Indian journal of veterinary science and animal husbandry - Volumes 26-27, 1956-1957
Year: 1956
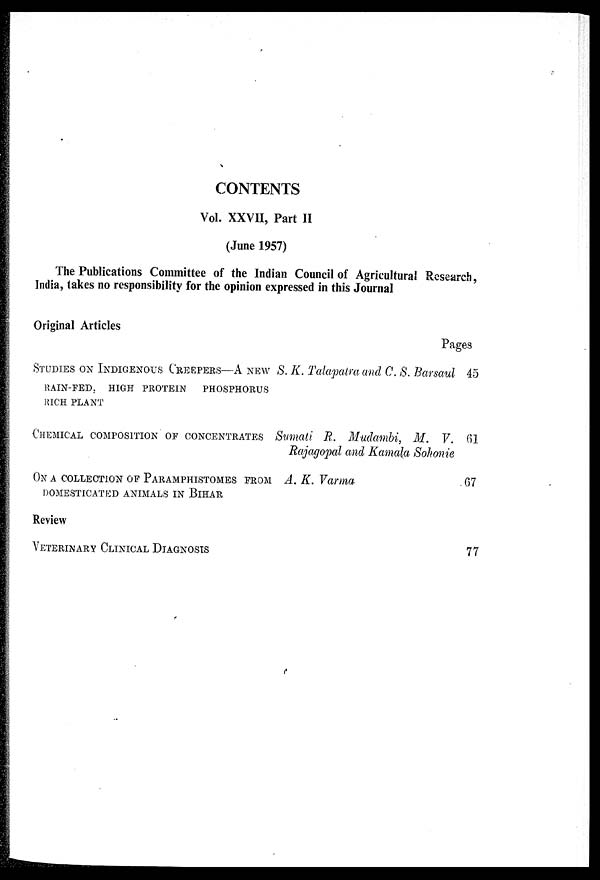
CONTENTS
Vol. XXVII, Part II
(June 1957)
The Publications Committee of the Indian Council of Agricultural Research,
India, takes no responsibility for the opinion expressed in this Journal
Original Articles
STUDIES ON INDIGENOUS CREEPERS—A NEW
RAIN-FED, HIGH PROTEIN
PHOSPHORUS
RICH PLANT
CHEMICAL COMPOSITION OF CONCENTRATES
ON A COLLECTION OF PARAMPHISTOMES FROM
DOMESTICATED ANIMALS IN BIHAR
Review
VETERINARY CLINICAL DIAGNOSIS
S. K. Talapalra and C. S. Barsaul
Sumati R. Mudambi, M. V.
Rajagopal and Kamala Sohonie
A. K. Varma
Pages
45
61
67
77